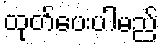
ထုတ်ပေးပါမည်